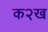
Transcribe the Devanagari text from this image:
क२ख